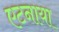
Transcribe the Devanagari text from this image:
एटनाया